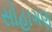
સોહાગણ